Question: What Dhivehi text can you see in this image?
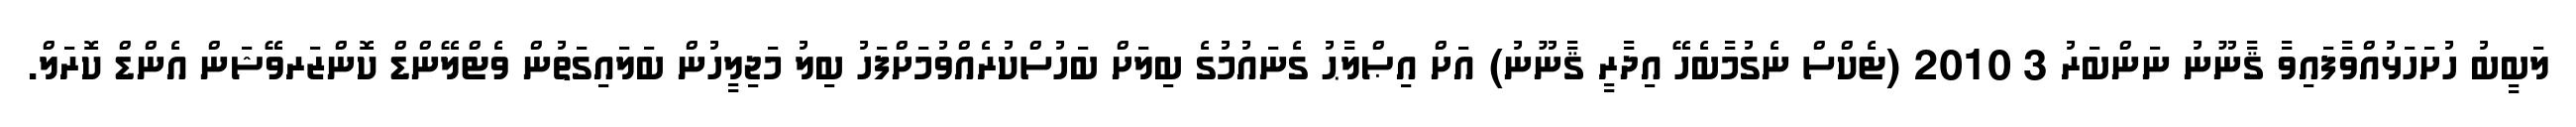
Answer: ލަބީބު ހުށަހަޅުއްވާފައިވާ ޤާނޫނު ނަންބަރު 3 2010 (ޓެކްސް ނެގުމާބެހޭ އިދާރީ ޤާނޫނު) އަށް އިޞްލާޙު ގެނައުމުގެ ބިލަށް ބަހުސްކުރެއްވުމަށްފަހު ބިލު މަޖިލީހުން ބަލައިގަތުން ވެޓްލޭންޑް ކޮންޒަރވޭޝަން އެންޑް ކޮރަލް.